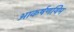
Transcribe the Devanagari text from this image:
आकर्षणयिम